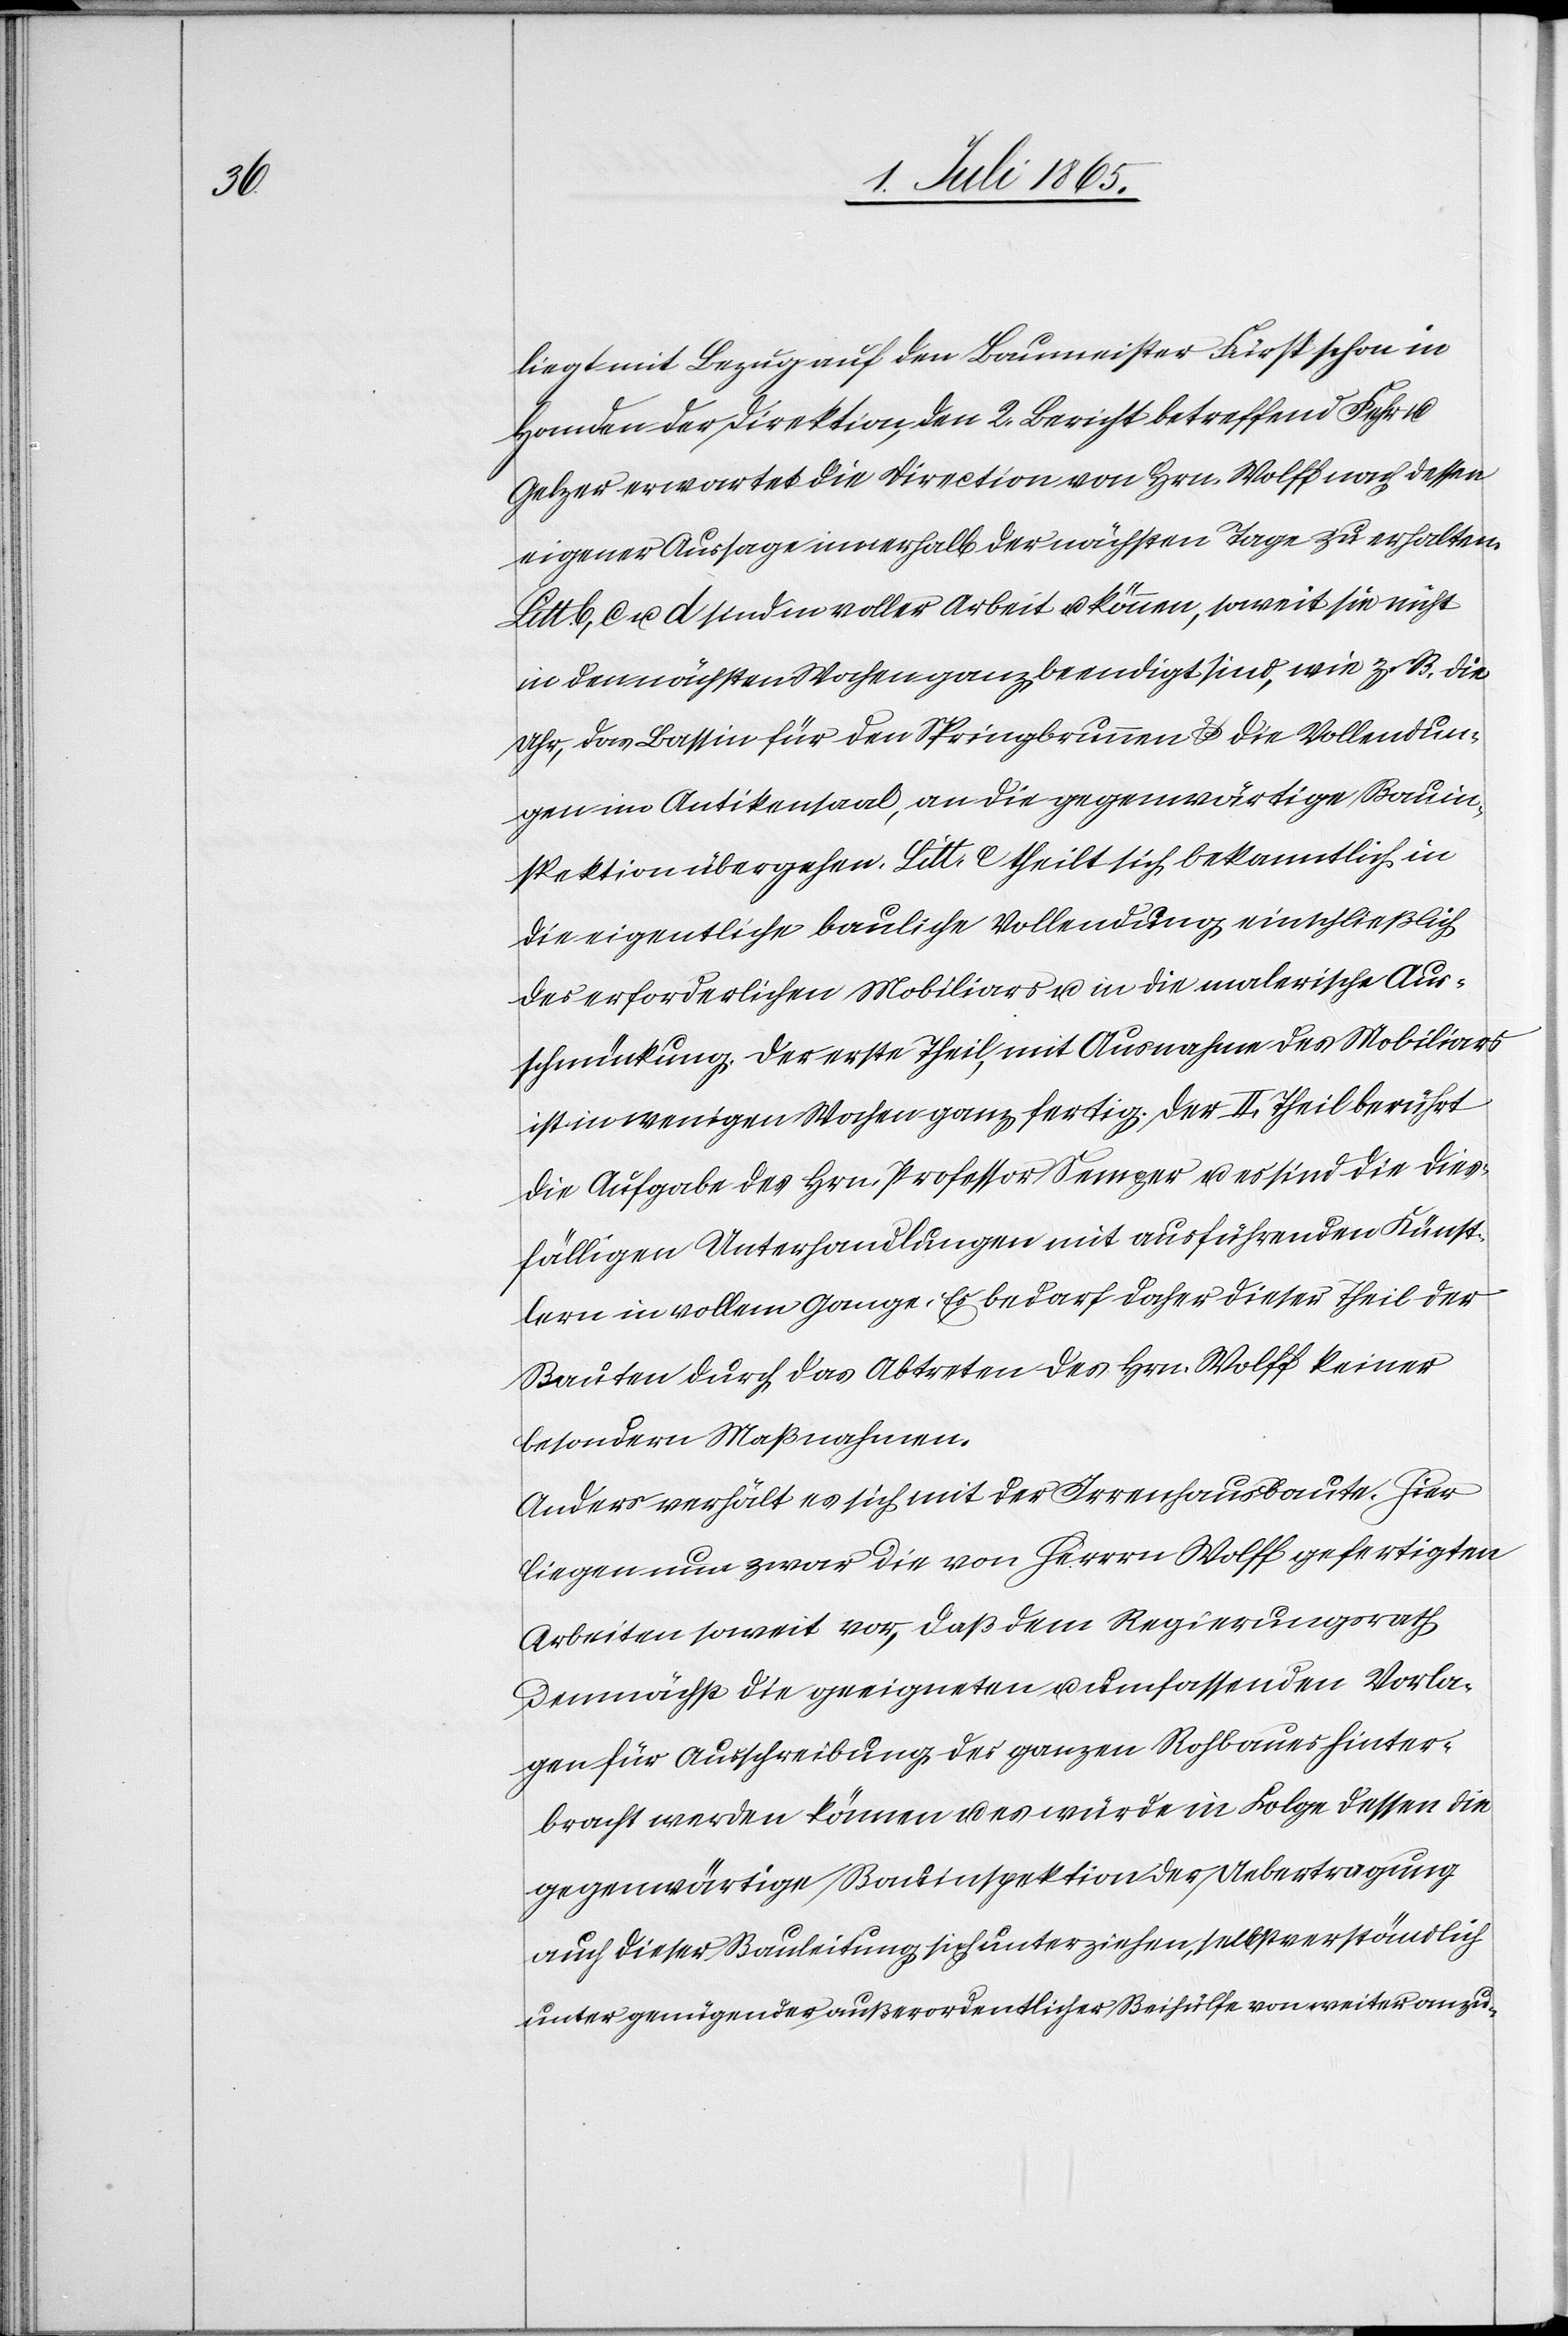
liegt mit Bezug auf den Baumeister Fürst schon in
Handen der Direktion, den 2. Bericht betreffend Fehr u.
Gelzer erwartet die Direction von Hrn. Wolff nach dessen
eigener Aussage innerhalb der nächsten Tage zu erhalten.
b, c u. d sind in voller Arbeit u. können, soweit sie nicht
in den nächsten Wochen ganz beendigt sind, wie z. B. die
Uhr, das Bassin für den Springbrunnen u. die Vollendun¬
gen im Antikensaal, an die gegenwärtige Bauin¬
spektion übergehen. Litt. e theilt sich bekanntlich in
die eigentliche bauliche Vollendung einschließlich
des erforderlichen Mobiliars u. in die malerische Aus¬
schmückung. Der erste Theil, mit Ausnahme des Mobiliars
ist in wenigen Wochen ganz fertig. Der II. Theil berührt
die Aufgabe des Hrn. Professor Semper u. es sind die dies¬
fälligen Unterhandlungen mit ausführenden Künst¬
lern in vollem Gange. Es bedarf daher dieser Theil der
Bauten durch das Abtreten des Hrn. Wolff keiner
besondern Maßnahmen.
Anders erhält es sich mit der Irrenhausbaute. Hier
liegen nun zwar die von Herrn Wolff gefertigten
Arbeiten soweit vor, daß dem Regierungsrath
demnächst die geeigneten u. umfassenden Vorla¬
gen für Ausschreibung des ganzen Rohbaues hinter¬
bracht werden können u. es würde in Folge dessen die
gegenwärtige Bauinspektion der Uebertragung
auch dieser Bauleitung sich unterziehen, selbstverständlich
unter genügender außerordentlicher Beihülfe von weiter anzu-